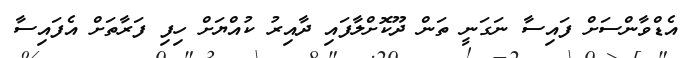
އެޑްވާންސަށް ފައިސާ ނަގަނީ ތަން ދޫކޮށްލާފައި ދާއިރު ކުއްޔަށް ހިފި ފަރާތަށް އެފައިސާ